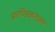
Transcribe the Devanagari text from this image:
प्राप्‍तिकराला